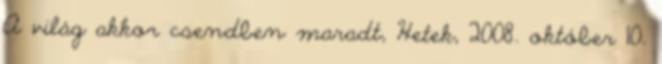
A világ akkor csendben maradt, Hetek, 2008. október 10.